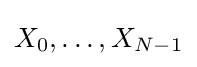
X_{0},\ldots ,X_{N-1}